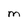
Character: M